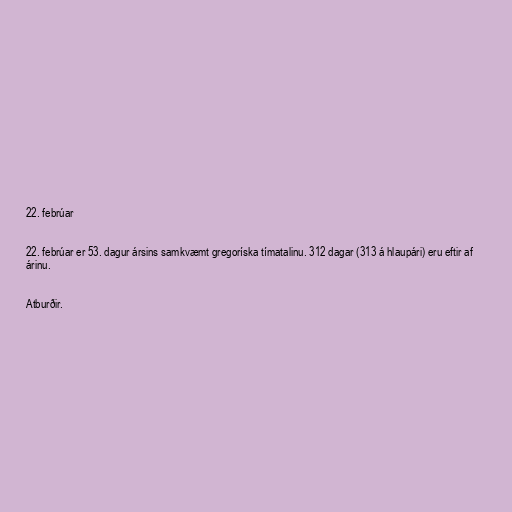
22. febrúar

22. febrúar er 53. dagur ársins samkvæmt gregoríska tímatalinu. 312 dagar (313 á hlaupári) eru eftir af
árinu.

Atburðir.